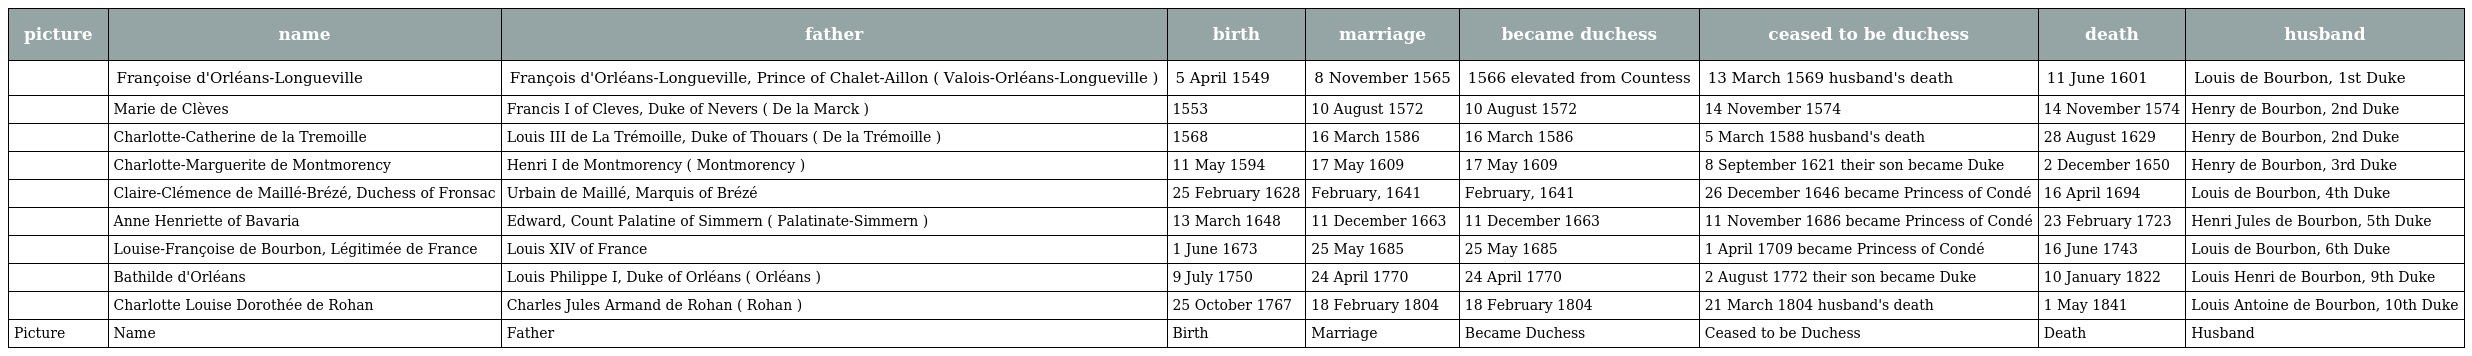
| picture | name | father | birth | marriage | became duchess | ceased to be duchess | death | husband |
 | --- | --- | --- | --- | --- | --- | --- | --- | --- |
 |  | Françoise d'Orléans-Longueville | François d'Orléans-Longueville, Prince of Chalet-Aillon ( Valois-Orléans-Longueville ) | 5 April 1549 | 8 November 1565 | 1566 elevated from Countess | 13 March 1569 husband's death | 11 June 1601 | Louis de Bourbon, 1st Duke |
 |  | Marie de Clèves | Francis I of Cleves, Duke of Nevers ( De la Marck ) | 1553 | 10 August 1572 | 10 August 1572 | 14 November 1574 | 14 November 1574 | Henry de Bourbon, 2nd Duke |
 |  | Charlotte-Catherine de la Tremoille | Louis III de La Trémoille, Duke of Thouars ( De la Trémoille ) | 1568 | 16 March 1586 | 16 March 1586 | 5 March 1588 husband's death | 28 August 1629 | Henry de Bourbon, 2nd Duke |
 |  | Charlotte-Marguerite de Montmorency | Henri I de Montmorency ( Montmorency ) | 11 May 1594 | 17 May 1609 | 17 May 1609 | 8 September 1621 their son became Duke | 2 December 1650 | Henry de Bourbon, 3rd Duke |
 |  | Claire-Clémence de Maillé-Brézé, Duchess of Fronsac | Urbain de Maillé, Marquis of Brézé | 25 February 1628 | February, 1641 | February, 1641 | 26 December 1646 became Princess of Condé | 16 April 1694 | Louis de Bourbon, 4th Duke |
 |  | Anne Henriette of Bavaria | Edward, Count Palatine of Simmern ( Palatinate-Simmern ) | 13 March 1648 | 11 December 1663 | 11 December 1663 | 11 November 1686 became Princess of Condé | 23 February 1723 | Henri Jules de Bourbon, 5th Duke |
 |  | Louise-Françoise de Bourbon, Légitimée de France | Louis XIV of France | 1 June 1673 | 25 May 1685 | 25 May 1685 | 1 April 1709 became Princess of Condé | 16 June 1743 | Louis de Bourbon, 6th Duke |
 |  | Bathilde d'Orléans | Louis Philippe I, Duke of Orléans ( Orléans ) | 9 July 1750 | 24 April 1770 | 24 April 1770 | 2 August 1772 their son became Duke | 10 January 1822 | Louis Henri de Bourbon, 9th Duke |
 |  | Charlotte Louise Dorothée de Rohan | Charles Jules Armand de Rohan ( Rohan ) | 25 October 1767 | 18 February 1804 | 18 February 1804 | 21 March 1804 husband's death | 1 May 1841 | Louis Antoine de Bourbon, 10th Duke |
 | Picture | Name | Father | Birth | Marriage | Became Duchess | Ceased to be Duchess | Death | Husband |